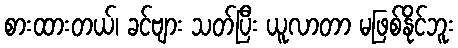
စားထားတယ်၊ ခင်ဗျား သတ်ပြီး ယူလာတာ မဖြစ်နိုင်ဘူး